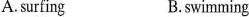
A.surfing B.swimming